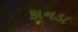
કાનડા